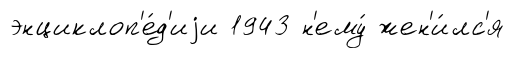
энциклоп'е́д'иjи 1943 н'ему́ жен'и́лс'я